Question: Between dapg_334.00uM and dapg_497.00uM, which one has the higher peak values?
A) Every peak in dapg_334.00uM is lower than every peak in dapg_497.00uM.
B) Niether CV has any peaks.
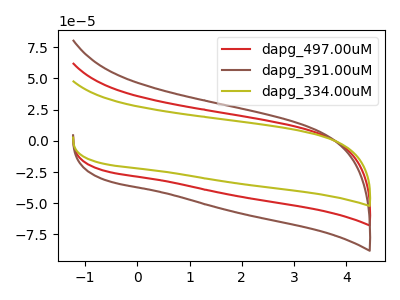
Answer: <think>The red curve "dapg_497.00uM" has no peaks. The brown curve "dapg_391.00uM" has no peaks. The olive curve "dapg_334.00uM" has no peaks.</think>
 <answer>B) Niether CV has any peaks.</answer>
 <eval>B</eval>